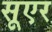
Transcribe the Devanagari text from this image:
सूएर